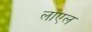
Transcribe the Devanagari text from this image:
लाएल